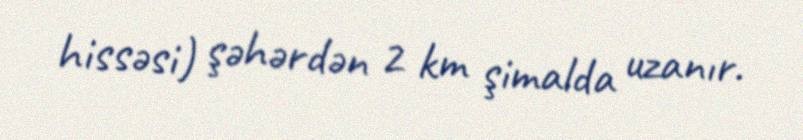
hissəsi) şəhərdən 2 km şimalda uzanır.